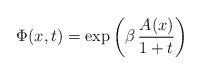
LaTeX: \begin{align*}\Phi(x,t)=\exp\left(\beta\,\frac{A(x)}{1+t}\right)\end{align*}